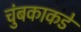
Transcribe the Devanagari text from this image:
चुंबकाकडे